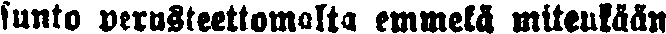
sunto perusteettomalta emmekä mitenkään